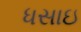
ધસાઇ